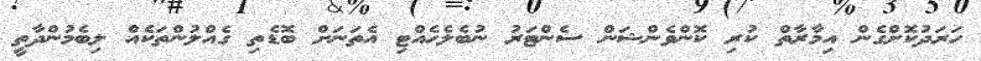
ހަރަދުކޮށްގެން އިމާރާތް ކުރި ކޮންވެންޝަން ސެންޓަރު ނުބެލެހެއްޓި އެތަނަށް ބޮޑެތި ގެއްލުންތަކެއް ލިބެމުންދާތީ